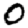
Digit: 0